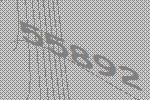
55892